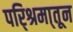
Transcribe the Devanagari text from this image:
परि्श्रमा्तून